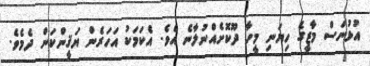
އުޅުނަސް މާޒީގެ ހިޔަނި މީހާ ދޫކޮށެއްނުލާނެ އެވެ. އެކަމަކު އަހަރެން ޔަޤީންކަން ދެމެވެ.